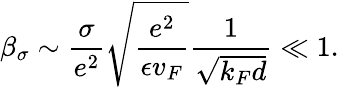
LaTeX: \beta_{\sigma}\sim\frac{\sigma}{e^{2}}\sqrt{\frac{e^{2}}{\epsilon v_{F}}}\frac{1}{\sqrt{k_{F}d}}\ll 1.